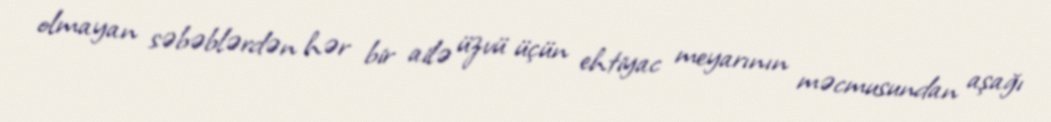
olmayan səbəblərdən hər bir ailə üzvü üçün ehtiyac meyarının məcmusundan aşağı